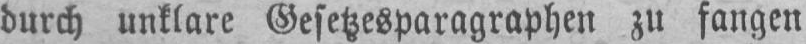
durch unklare Gesetzesparagraphen zu fangen